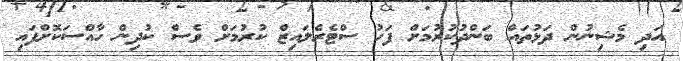
އަދި މެޝިނުން ދަޅުތައް ބަންދުކުރުމަށް ފަހު ސްޓެރެލައިޒް ކުރުމަށް ވެސް ކުދިން ހާއްސަކޮށްފައި